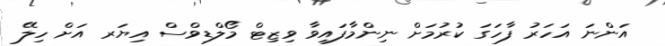
އަންނަ އަހަރު ފާހަގަ ކުރުމަށް ނިންމާފައިވާ ވިޒިޓް މޯލްޑިވްސް އިޔަރ އަށް ހިލޭ